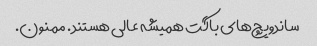
ساندویچ‌های باگت همیشه عالی هستند. ممنون.